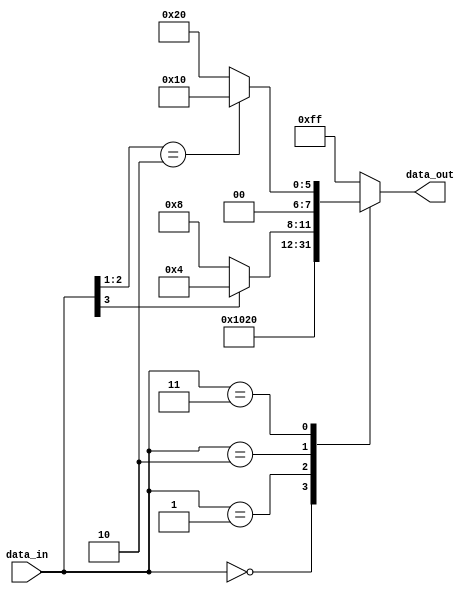
module case_statement_behavioral_model (
    input [3:0] data_in,
    output reg [7:0] data_out
);

always @(*) begin
    case(data_in)
        4'b0000: data_out = 8'b00000001;
        4'b0001: data_out = 8'b00000010;
        4'b0010: begin
                    if (data_in[3] == 1)
                        data_out = 8'b00000100;
                    else
                        data_out = 8'b00001000;
                end
        4'b0011: begin
                    if (data_in[2:1] == 2'b10)
                        data_out = 8'b00010000;
                    else
                        data_out = 8'b00100000;
                end
        default: data_out = 8'b11111111;
    endcase
end

endmodule